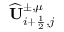
\widehat { \mathbf { U } } _ { i + \frac { 1 } { 2 } , j } ^ { \pm , \mu }